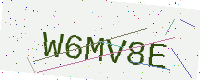
Text: W6MV8E